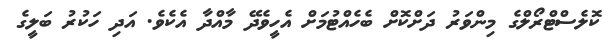
ކޮލެސްޓްރޯލްގެ މިންވަރު ދަށްކޮށް ބެހެއްޓުމަށް އެހީވެދޭ މާއްދާ އެކެވެ. އަދި ހަކުރު ބަލީގެ